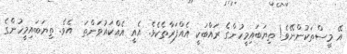
އޭ މީސްތަކުންނޭވެ! ތިޔަބައިމީހުންގެ ރައްބަކީ އެއްފަރާތެކެވެ. އެއީ އެއްކައުވަންތަ  އެވެ. ތިޔަބައިމީހުންގެ